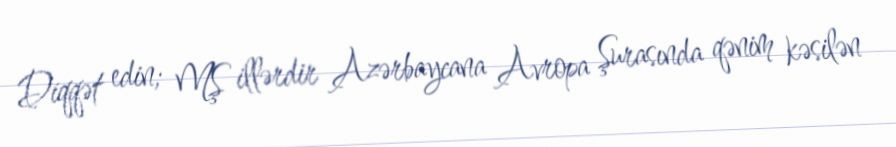
Diqqət edin; MŞ illərdir Azərbaycana Avropa Şurasında qənim kəsilən